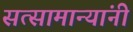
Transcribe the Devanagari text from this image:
सत्सामान्यांनी